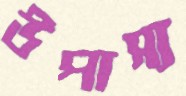
উপাস্য